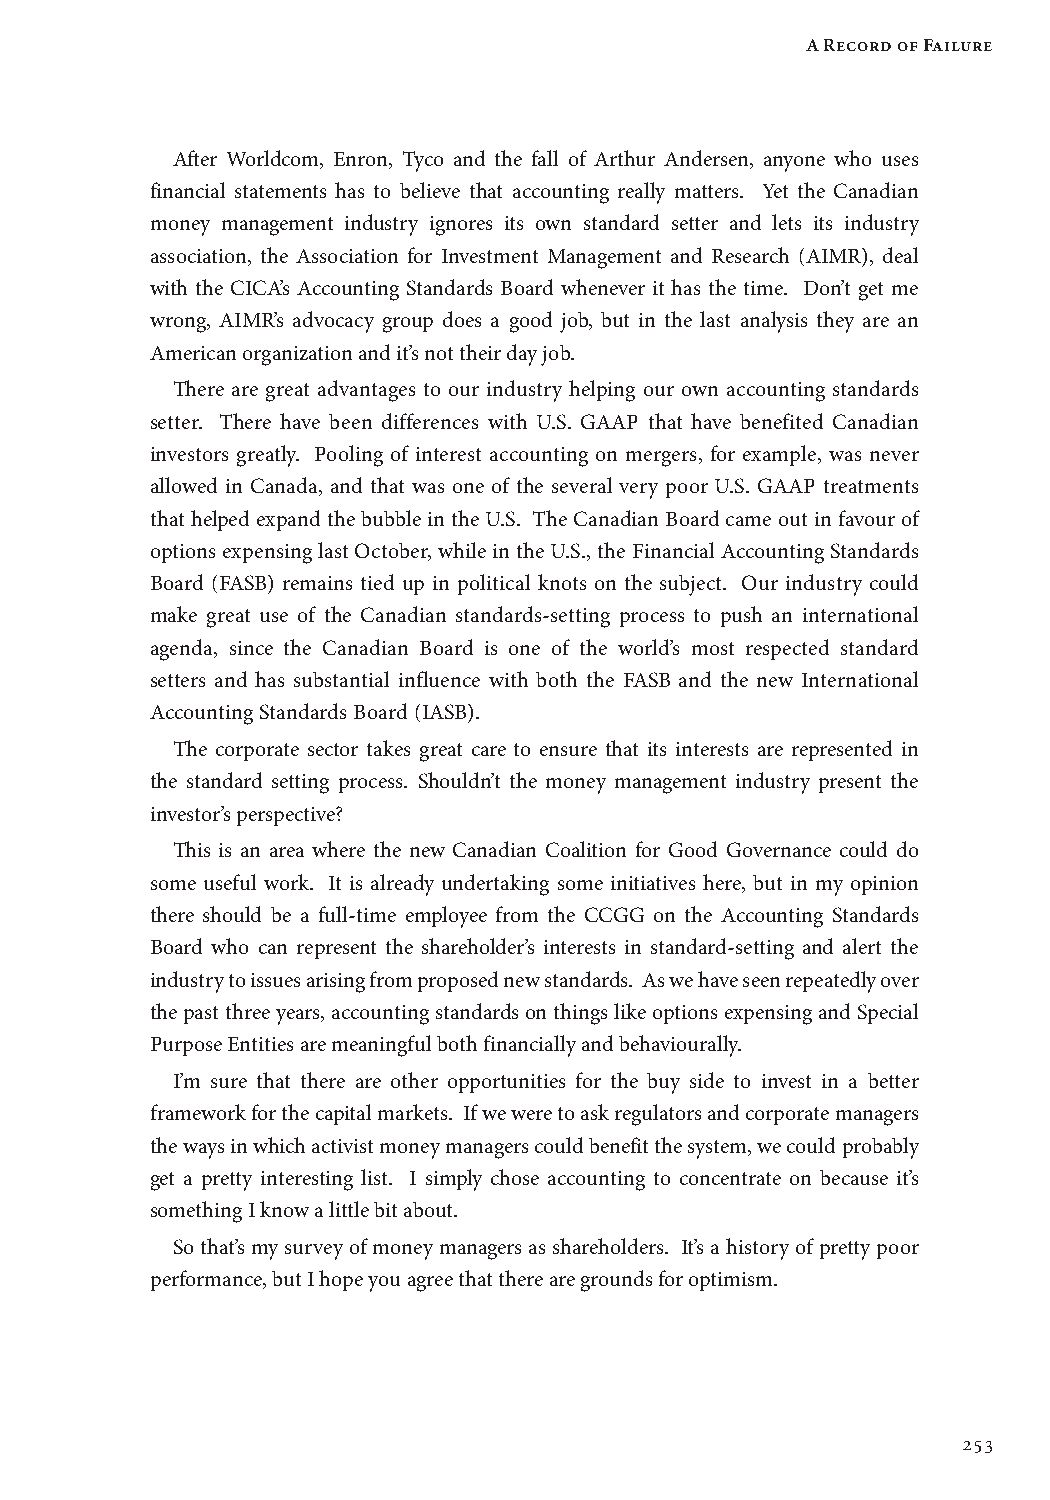
A Record of Failure
 After Worldcom, Enron, Tyco and the fall of Arthur Andersen, anyone who uses
 financial statements has to believe that accounting really matters. Yet the Canadian
 money management industry ignores its own standard setter and lets its industry
 association, the Association for Investment Management and Research (AIMR), deal
 with the CICA’s Accounting Standards Board whenever it has the time. Don’t get me
 wrong, AIMR’s advocacy group does a good job, but in the last analysis they are an
 American organization and it’s not their day job.
 There are great advantages to our industry helping our own accounting standards
 setter. There have been differences with U.S. GAAP that have benefited Canadian
 investors greatly. Pooling of interest accounting on mergers, for example, was never
 allowed in Canada, and that was one of the several very poor U.S. GAAP treatments
 that helped expand the bubble in the U.S. The Canadian Board came out in favour of
 options expensing last October, while in the U.S., the Financial Accounting Standards
 Board (FASB) remains tied up in political knots on the subject. Our industry could
 make great use of the Canadian standards-setting process to push an international
 agenda, since the Canadian Board is one of the world’s most respected standard
 setters and has substantial influence with both the FASB and the new International
 Accounting Standards Board (IASB).
 The corporate sector takes great care to ensure that its interests are represented in
 the standard setting process. Shouldn’t the money management industry present the
 investor’s perspective?
 This is an area where the new Canadian Coalition for Good Governance could do
 some useful work. It is already undertaking some initiatives here, but in my opinion
 there should be a full-time employee from the CCGG on the Accounting Standards
 Board who can represent the shareholder’s interests in standard-setting and alert the
 industry to issues arising from proposed new standards. As we have seen repeatedly over
 the past three years, accounting standards on things like options expensing and Special
 Purpose Entities are meaningful both financially and behaviourally.
 I’m sure that there are other opportunities for the buy side to invest in a better
 framework for the capital markets. If we were to ask regulators and corporate managers
 the ways in which activist money managers could benefit the system, we could probably
 get a pretty interesting list. I simply chose accounting to concentrate on because it’s
 something I know a little bit about.
 So that’s my survey of money managers as shareholders. It’s a history of pretty poor
 performance, but I hope you agree that there are grounds for optimism.
 253